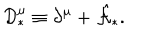
{ \cal D } _ { \ast } ^ { \mu } \equiv \partial ^ { \mu } + \hat { \cal A } _ { \ast } .